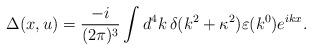
LaTeX: \begin{align*}\Delta(x,u) = \frac{- i}{(2\pi)^{3}} \int d^{4}k\, \delta(k^{2} + \kappa^{2}) \varepsilon(k^{0}) e^{ikx}.\end{align*}